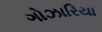
ગોઝારિયા